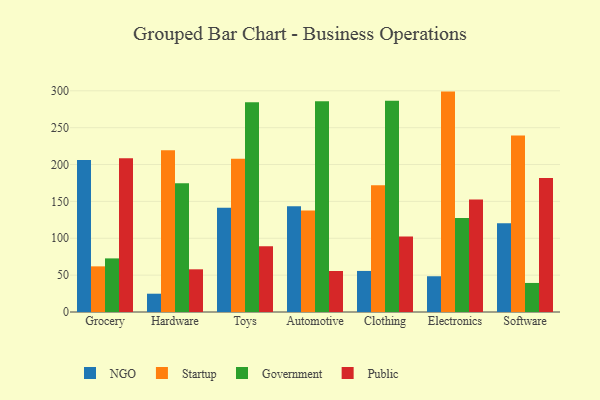
{"axis": {"x": "Category", "y": "Market Share (%)"}, "legend": ["Government", "NGO", "Public", "Startup"], "data": [{"x": "Grocery", "y": 206.1, "type": "NGO"}, {"x": "Grocery", "y": 61.9, "type": "Startup"}, {"x": "Grocery", "y": 72.7, "type": "Government"}, {"x": "Grocery", "y": 208.4, "type": "Public"}, {"x": "Hardware", "y": 24.8, "type": "NGO"}, {"x": "Hardware", "y": 219.2, "type": "Startup"}, {"x": "Hardware", "y": 174.5, "type": "Government"}, {"x": "Hardware", "y": 57.9, "type": "Public"}, {"x": "Toys", "y": 141.5, "type": "NGO"}, {"x": "Toys", "y": 208.0, "type": "Startup"}, {"x": "Toys", "y": 284.6, "type": "Government"}, {"x": "Toys", "y": 89.0, "type": "Public"}, {"x": "Automotive", "y": 143.4, "type": "NGO"}, {"x": "Automotive", "y": 137.6, "type": "Startup"}, {"x": "Automotive", "y": 285.8, "type": "Government"}, {"x": "Automotive", "y": 55.6, "type": "Public"}, {"x": "Clothing", "y": 55.7, "type": "NGO"}, {"x": "Clothing", "y": 171.9, "type": "Startup"}, {"x": "Clothing", "y": 286.6, "type": "Government"}, {"x": "Clothing", "y": 102.4, "type": "Public"}, {"x": "Electronics", "y": 48.5, "type": "NGO"}, {"x": "Electronics", "y": 298.9, "type": "Startup"}, {"x": "Electronics", "y": 127.4, "type": "Government"}, {"x": "Electronics", "y": 152.6, "type": "Public"}, {"x": "Software", "y": 120.3, "type": "NGO"}, {"x": "Software", "y": 239.2, "type": "Startup"}, {"x": "Software", "y": 39.4, "type": "Government"}, {"x": "Software", "y": 181.7, "type": "Public"}]}